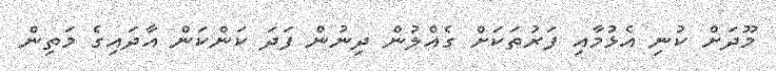
މޫދަށް ކުނި އެޅުމާއި ފަރުތަކަށް ގެއްލުން ދިނުން ފަދަ ކަންކަން އާދައިގެ މަތިން